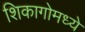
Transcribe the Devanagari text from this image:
शिकागोमध्ये